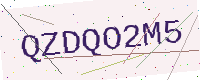
Text: QZDQO2M5